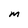
Character: M